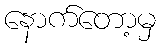
နောက်တော့မှ